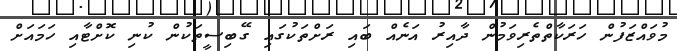
މުވައްޒަފުން ހަރަކާތްތެރިވަމުން ދާއިރު އަނެއް ބައި ރަށްތަކުގައި ގޭބިސީތަކުން ކުނި ކޮށްޓާއި ހަމައަށް